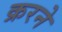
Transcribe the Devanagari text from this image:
क्ररने